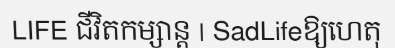
LIFE ជីវិតកម្សាន្ត | SadLifeឱ្យហេតុ